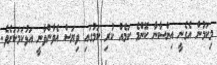
މިކަމުން އެގެނީ އިންސާނާ ކޮންމެ ކަމެއް ކުރި ކަމުގައި ވިޔަސް އެވާންވާނީ އަޅުކަމަކަށެވެ.